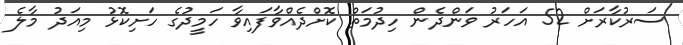
ސަރުކާރަށް 52 އަހަރު ވަންދެން ހިދުމަތް ކޮށްދެއްވާފައިވާ ހަމީދުގެ ހަށިކޮޅު މިއަދު މާލެ